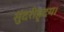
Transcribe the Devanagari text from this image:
सुंदरीहृदय।